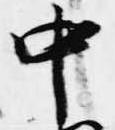
中